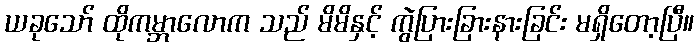
ယခုသော် ထိုကမ္ဘာလောက သည် မိမိနှင့် ကွဲပြားခြားနားခြင်း မရှိတော့ပြီ။